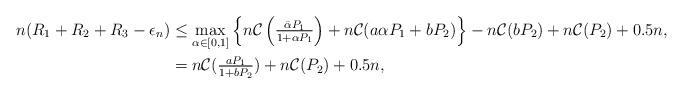
LaTeX: \begin{align*} n(R_1+R_2+R_3 -\epsilon_n) &\leq \max_{\alpha\in[0,1]} \left\{ n\mathcal{C}\left(\tfrac{\bar{\alpha}P_1}{1+\alpha P_1}\right) + n\mathcal{C} (a\alpha P_1+bP_2)\right\} -n\mathcal{C}(bP_2) + n\mathcal{C}(P_2) + 0.5n,\\&=n\mathcal{C}(\tfrac{aP_1}{1+bP_2}) + n\mathcal{C}(P_2)+0.5n,\end{align*}